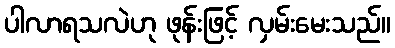
ပါလာရသလဲဟု ဖုန်းဖြင့် လှမ်းမေးသည်။